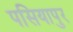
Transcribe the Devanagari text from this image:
पसियापुर